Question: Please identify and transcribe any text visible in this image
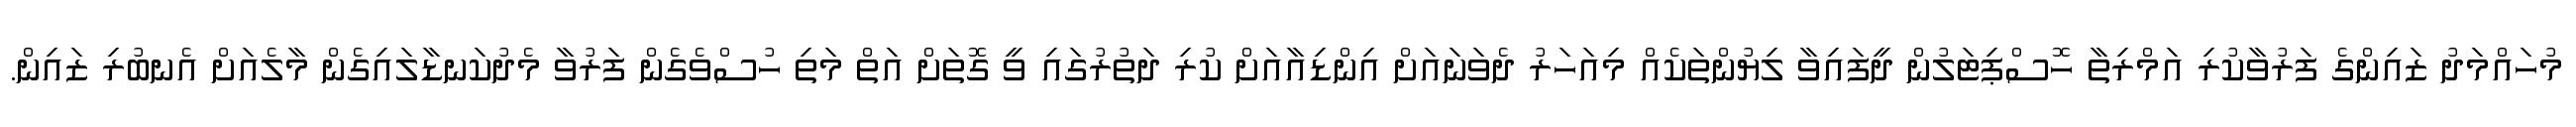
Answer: މުހައްމަދު ޒައިންގެ ފަރުވާކުރި އަމްރިތާ ހޮސްޕިޓަލުން ދީފައިވާ ލިޔުންތަކެއް މިއަހަރު ދެވަނައަށް އިންޑިއާއަށް ކުރި ދަތުރުގައި ވީ ގޮތަށް އަތް މަތި ހުސްވެގެން ފަރުވާ މެދުކަނޑާލައިގެން މާލެއަށް އެނބުރި ޒައިން.